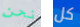
نحن كل